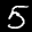
Label: 5